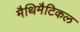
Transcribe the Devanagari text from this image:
मैथिमैटिकल